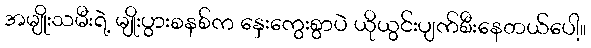
အမျိုးသမီးရဲ့ မျိုးပွားစနစ်က နှေးကွေးစွာပဲ ယိုယွင်းပျက်စီးနေတယ်ပေါ့။